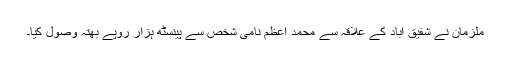
ملزمان نے شفیق آباد کے علاقہ سے محمد اعظم نامی شخص سے پینسٹھ ہزار روپے بھتہ وصول کیا۔